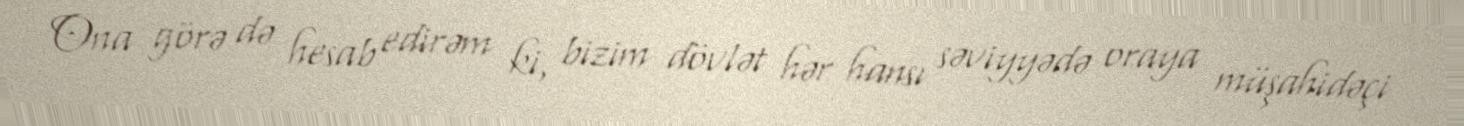
Ona görə də hesab edirəm ki, bizim dövlət hər hansı səviyyədə oraya müşahidəçi